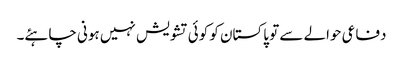
دفاعی حوالے سے تو پاکستان کو کوئی تشویش نہیں ہونی چاہئے۔